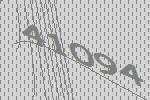
41094